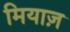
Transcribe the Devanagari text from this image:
मियाज़